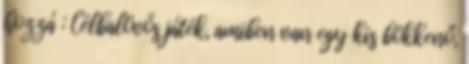
hozzá : Célbalövős játék, amiben van egy kis bökkenő,